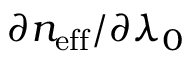
\partial n _ { \mathrm { e f f } } / \partial \lambda _ { 0 }